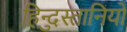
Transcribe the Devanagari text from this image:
हिन्दुस्तानियो